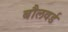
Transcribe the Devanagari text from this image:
बौलवर्ड